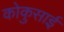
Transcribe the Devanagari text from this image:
कोकुसाई